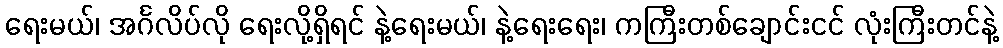
ရေးမယ်၊ အင်္ဂလိပ်လို ရေးလို့ရှိရင် နဲ့ရေးမယ်၊ နဲ့ရေးရေး၊ ကကြီးတစ်ချောင်းငင် လုံးကြီးတင်နဲ့